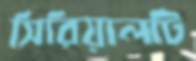
সিরিয়ালটি